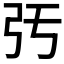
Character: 𢎰